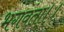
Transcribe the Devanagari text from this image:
भगवंता।।